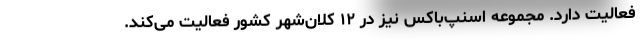
فعالیت دارد. مجموعه اسنپ‌باکس نیز در ۱۲ کلان‌شهر کشور فعالیت می‌کند.